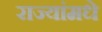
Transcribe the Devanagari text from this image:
राज्यांमधे